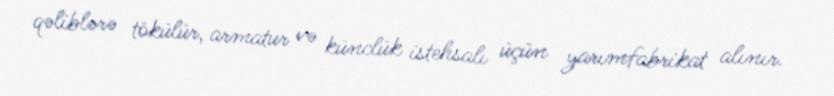
qəliblərə tökülür, armatur və künclük istehsalı üçün yarımfabrikat alınır.